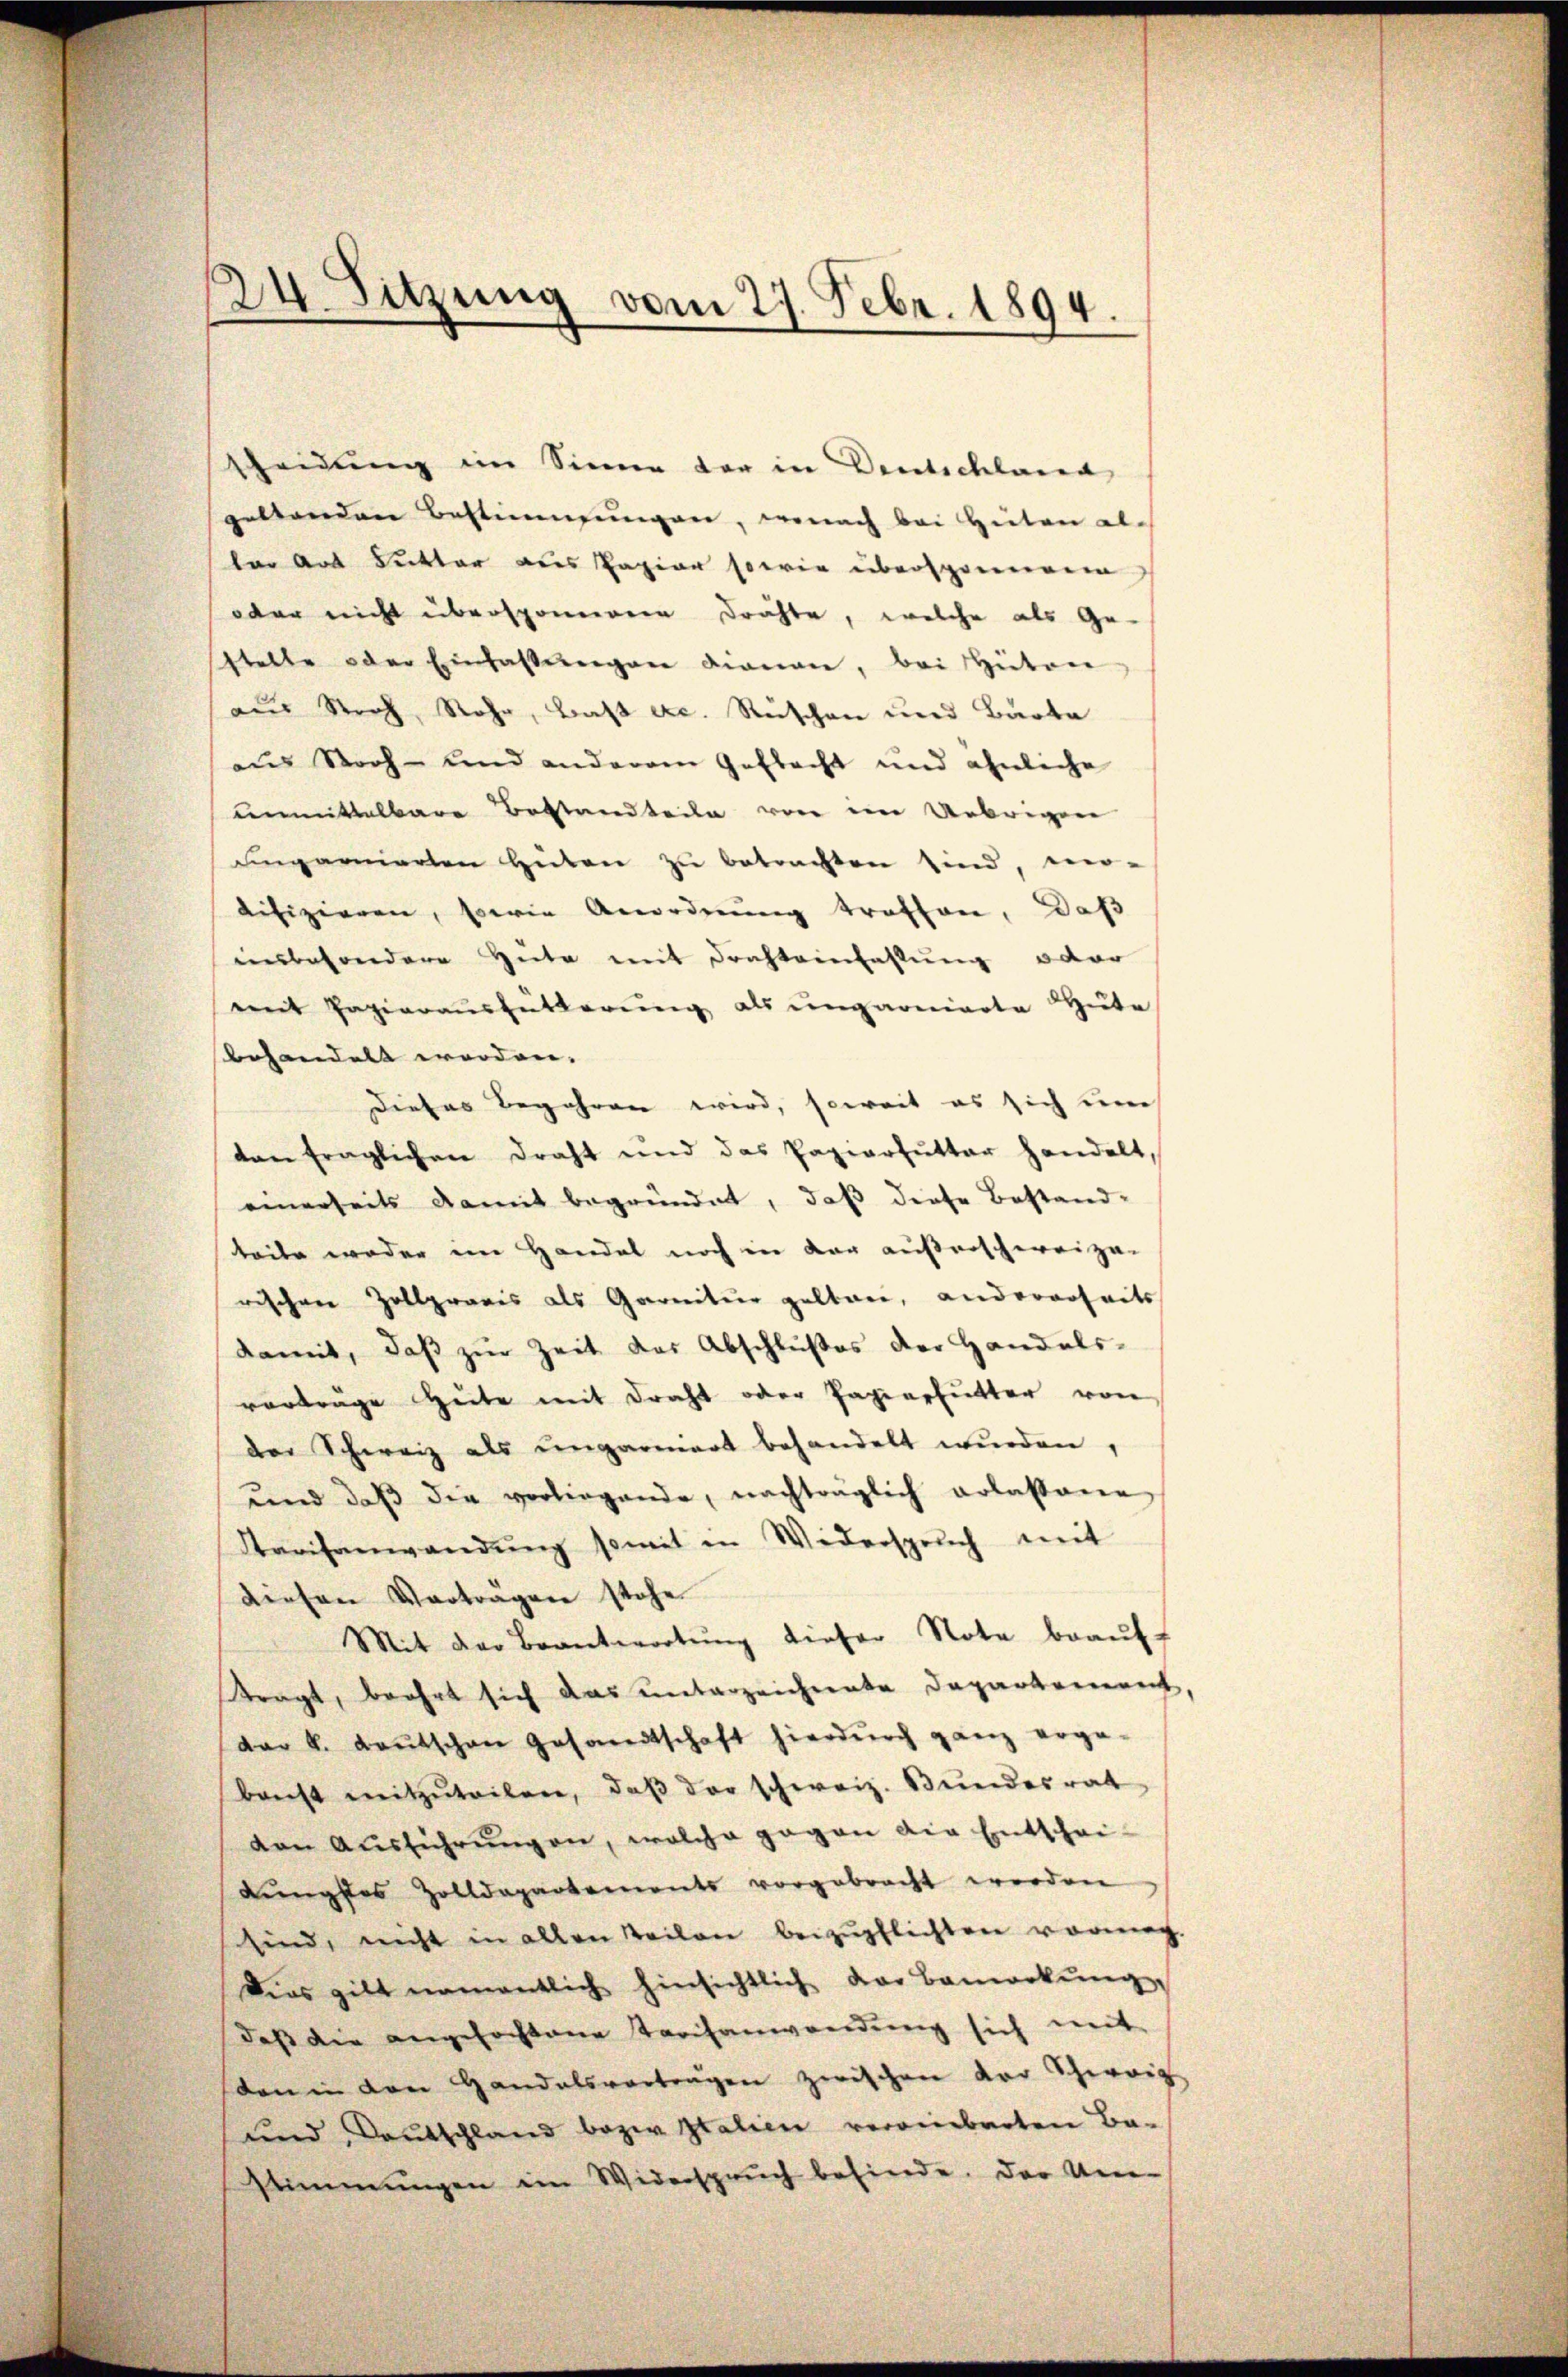
24. Sitzung vom 27. Febr. 1894.

scheidung im Sinne der in Deutschland
geltenden Bestimmungen, wonach bei Heiten al-
tar aus Rutter aus Papier sowie übersprenann
oder nicht übersponnerere Drahte, welche als Ge-
stelle oder Einfassungen dienen, bei Hüten
aus Stroh, Rohr, daß exc. Rüschen und Barte
aus Woch- und anderem Gebracht und ähnliche
unmittelbare Bestandteile von im Uebrigen
ungarnierten Hüten zŭ betrachten sind, mo-
difizieren, sowie Anordnŭng treffen, daß
insbesondere Gute mit Drahteinfassung oder
mit Papieraŭshütterŭng als ungarnierte Güte
behandelt worden. |
Dieses Begehren wird, soweit es sich un
ten fraglichen Draht und das Papierfutter handelt,
einerseits damit begründet, daß diese Bestand-
keite weder im Handel noch in der außerschereize-
rischen Zollpraxis als Garnitur gelten, andererheits
damit, daß zur Zeit das Abschlußes der Handels-
vortrage Zeite mit draht oder Papierfutter von
der Schweiz als ungarniert behandelt wurden,
und daß die vorliegende, nachträglich erlassene
Kreisanwandŭng somit in Widerspruch mit
diesen Vortragen stehe
Mit der Beantwortŭng dieser Note beaŭft
tragt, beehrt sich das unterzeichnete Departement
dar v. Baŭtschen Gesandtschaft hierdurch ganz erge-
bacht mitzŭteilen, daβ der schweiz. Bŭndesrat
von Ausführungen, welche gegen die Entschei-
dungslos Zolldepartements vorgebracht werden
sind, nicht in allen Teilen beizupflichten vormach
Dies gilt namentlich hinsichtlich der Bemerkŭng,
daß die angefochtene Tarifanwendung sich mit
den in den Handelsvortragen zwischen vor Schweig
und Deutschland bezw. Italien vereinbarten Ba-
stimmungen ein Widerspruch befinde. Der Um-

)